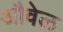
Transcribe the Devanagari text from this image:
औवेल